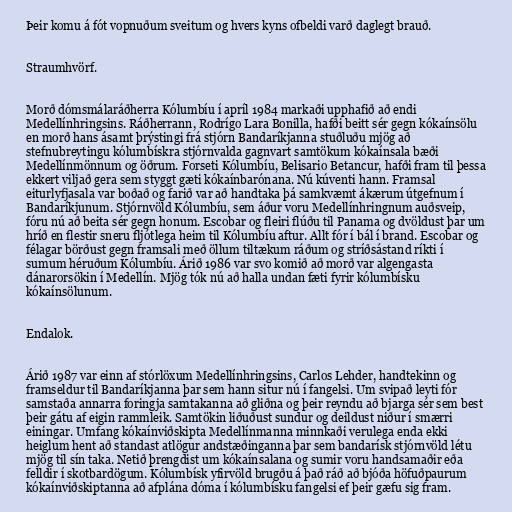
Þeir komu á fót vopnuðum sveitum og hvers kyns ofbeldi varð daglegt brauð.

Straumhvörf.

Morð dómsmálaráðherra Kólumbíu í apríl 1984 markaði upphafið að endi
Medellínhringsins. Ráðherrann, Rodrígo Lara Bonilla, hafði beitt sér gegn kókaínsölu
en morð hans ásamt þrýstingi frá stjórn Bandaríkjanna stuðluðu mjög að
stefnubreytingu kólumbískra stjórnvalda gagnvart samtökum kókaínsala bæði
Medellínmönnum og öðrum. Forseti Kólumbíu, Belisario Betancur, hafði fram til þessa
ekkert viljað gera sem styggt gæti kókaínbarónana. Nú kúventi hann. Framsal
eiturlyfjasala var boðað og farið var að handtaka þá samkvæmt ákærum útgefnum í
Bandaríkjunum. Stjórnvöld Kólumbíu, sem áður voru Medellínhringnum auðsveip,
fóru nú að beita sér gegn honum. Escobar og fleiri flúðu til Panama og dvöldust þar um
hríð en flestir sneru fljótlega heim til Kólumbíu aftur. Allt fór í bál í brand. Escobar og
félagar börðust gegn framsali með öllum tiltækum ráðum og stríðsástand ríkti í
sumum héruðum Kólumbíu. Árið 1986 var svo komið að morð var algengasta
dánarorsökin í Medellín. Mjög tók nú að halla undan fæti fyrir kólumbísku
kókaínsölunum.

Endalok.

Árið 1987 var einn af stórlöxum Medellínhringsins, Carlos Lehder, handtekinn og
framseldur til Bandaríkjanna þar sem hann situr nú í fangelsi. Um svipað leyti fór
samstaða annarra foringja samtakanna að gliðna og þeir reyndu að bjarga sér sem best
þeir gátu af eigin rammleik. Samtökin liðuðust sundur og deildust niður í smærri
einingar. Umfang kókaínviðskipta Medellínmanna minnkaði verulega enda ekki
heiglum hent að standast atlögur andstæðinganna þar sem bandarísk stjórnvöld létu
mjög til sín taka. Netið þrengdist um kókaínsalana og sumir voru handsamaðir eða
felldir í skotbardögum. Kólumbísk yfirvöld brugðu á það ráð að bjóða höfuðpaurum
kókaínviðskiptanna að afplána dóma í kólumbísku fangelsi ef þeir gæfu sig fram.